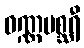
ဝဏ္ဏမစ္ဆရီ